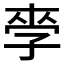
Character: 𱙼